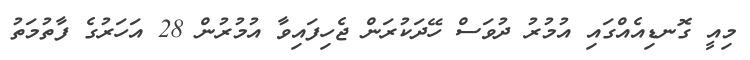
މިއީ ގޮނޑިއެއްގައި އުމުރު ދުވަސް ހޭދަކުރަން ޖެހިފައިވާ އުމުރުން 28 އަހަރުގެ ފާތުމަތު